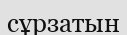
сұрзатын